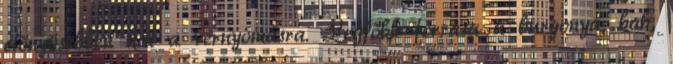
előnyösebben hat a vérnyomásra. Legfőbb forrása a burgonya, bab,